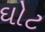
ઘોટ